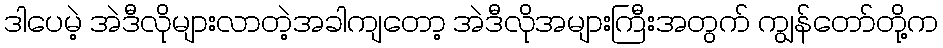
ဒါပေမဲ့ အဲဒီလိုများလာတဲ့အခါကျတော့ အဲဒီလိုအများကြီးအတွက် ကျွန်တော်တို့က